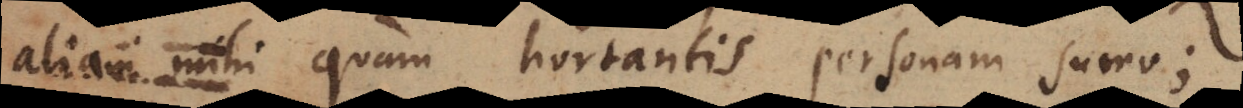
aliam mihi quam hortantis personam sumo;